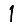
Digit: 1